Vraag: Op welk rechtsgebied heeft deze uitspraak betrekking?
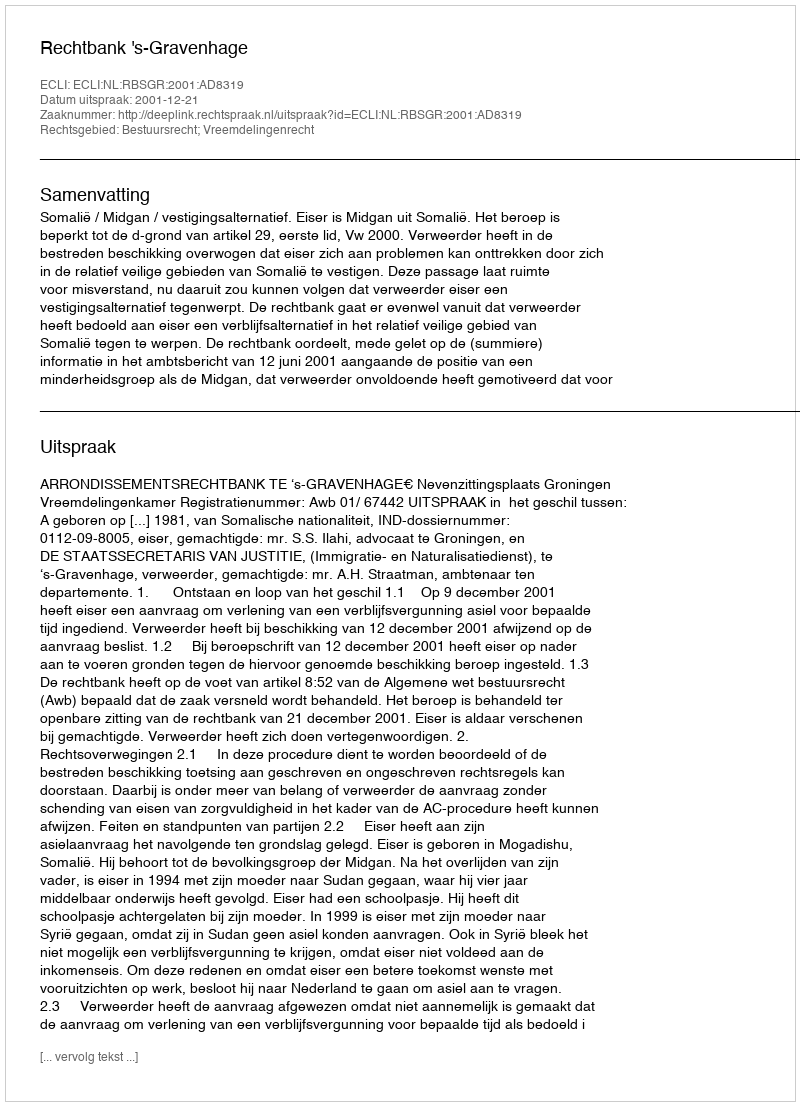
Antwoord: Bestuursrecht; Vreemdelingenrecht